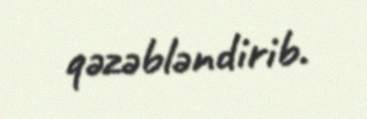
qəzəbləndirib.